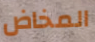
المخاض